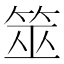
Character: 筮